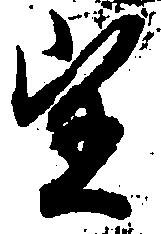
望